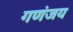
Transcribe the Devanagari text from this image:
गणंजय